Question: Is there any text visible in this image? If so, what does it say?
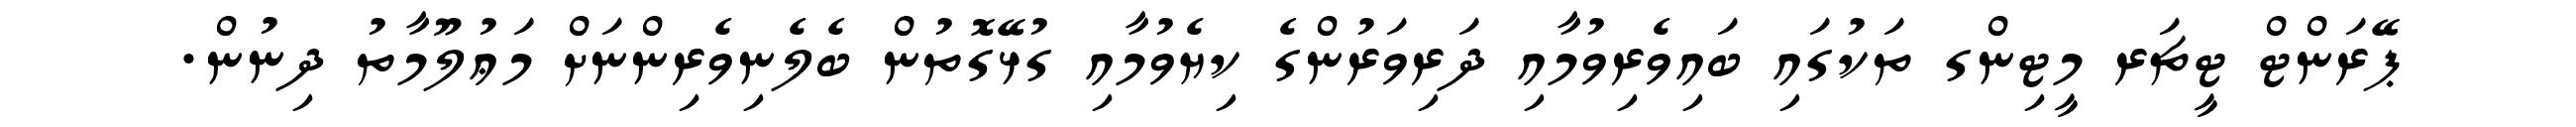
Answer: ޕޭރަންޓް ޓީޗަރ މީޓިންގ ތަކުގައި ބައިވެރިވުމާއި ދަރިވަރުންގެ ކިޔެވުމާއި ގުޅޭގޮތުން ބެލެނިވެރިންނަށް މަޢުލޫމާތު ދިނުން.